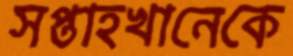
সপ্তাহখানেকে